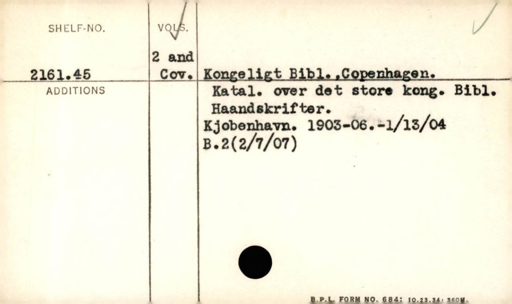
Label: content